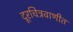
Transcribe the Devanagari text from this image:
दूरचित्रवाणीत